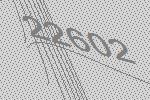
22602